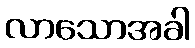
လာသောအခါ